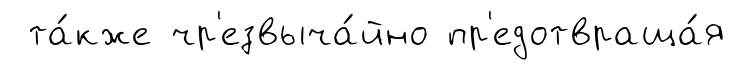
та́кже чр'езвыча́йно пр'едотвраща́я